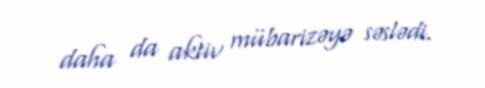
daha da aktiv mübarizəyə səslədi.